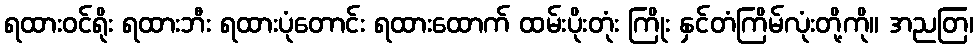
ရထားဝင်ရိုး ရထားဘီး ရထားပုံတောင်း ရထားထောက် ထမ်းပိုးတုံး ကြိုး နှင်တံကြိမ်လုံးတို့ကို။ အညတြ၊